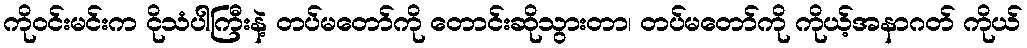
ကိုဝင်းမင်းက ငိုသံပါကြီးနဲ့ တပ်မတော်ကို တောင်းဆိုသွားတာ၊ တပ်မတော်ကို ကိုယ့်အနာဂတ် ကိုယ်